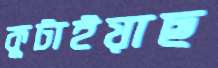
কুটাইয়াছ